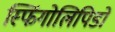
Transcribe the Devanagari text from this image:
स्फिंगोलिपिडों